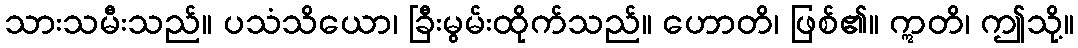
သားသမီးသည်။ ပသံသိယော၊ ခြီးမွမ်းထိုက်သည်။ ဟောတိ၊ ဖြစ်၏။ ဣတိ၊ ဤသို့။